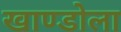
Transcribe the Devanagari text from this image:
खाण्डोला